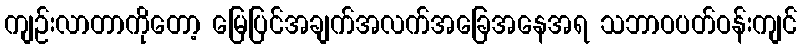
ကျဉ်းလာတာကိုတော့ မြေပြင်အချက်အလက်အခြေအနေအရ သဘာဝပတ်ဝန်းကျင်